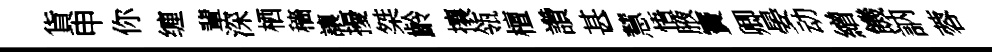
貨申你缠輩深栖穡讓擾桀齡攘瓴檀讚甚慧悟腋竇卿晏动繒饑訥蓉